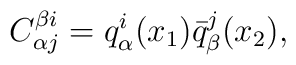
C_{\alpha j}^{\beta i} = q_{\alpha}^{i} (x_{1}) \bar{q}_{\beta}^{j} (x_{2}) ,